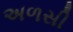
અળસી